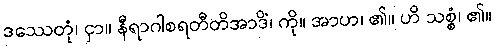
ဒဿေတုံ၊ ငှာ။ နီရာဂါစရတီတိအာဒိံ၊ ကို။ အာဟ၊ ၏။ ဟိ သစ္စံ၊ ၏။